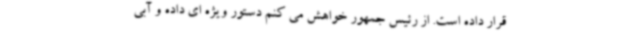
قرار داده است. از رئیس جمهور خواهش می کنم دستور ویژه ای داده و آبی